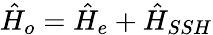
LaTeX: \hat{H}_{o}=\hat{H}_{e}+\hat{H}_{SSH}